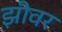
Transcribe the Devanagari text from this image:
झीवर